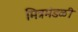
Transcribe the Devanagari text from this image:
मित्रमंडळी